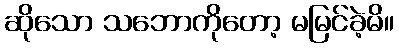
ဆိုသော သဘောကိုတော့ မမြင်ခဲ့မိ။